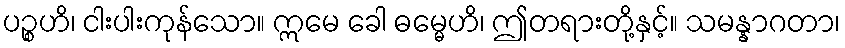
ပဉ္စဟိ၊ ငါးပါးကုန်သော။ ဣမေ ခေါ ဓမ္မေဟိ၊ ဤတရားတို့နှင့်။ သမန္နာဂတာ၊